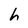
Character: h